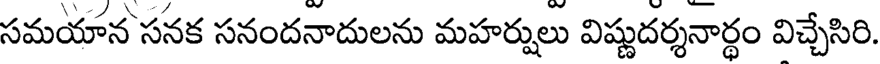
సమయాన సనక సనందనాదులను మహర్షులు విష్ణుదర్శనార్థం విచ్చేసిరి.